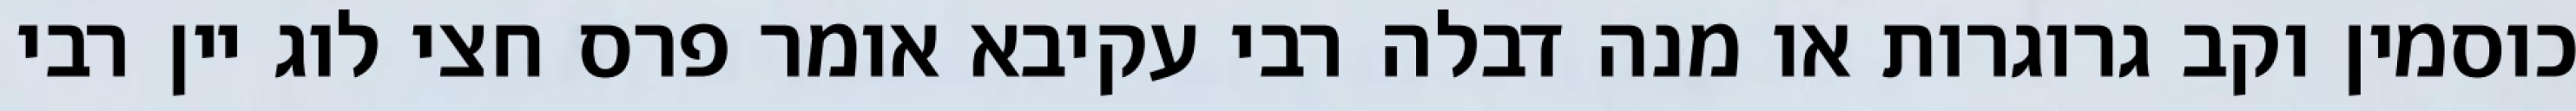
כוסמין וקב גרוגרות או מנה דבלה רבי עקיבא אומר פרס חצי לוג יין רבי